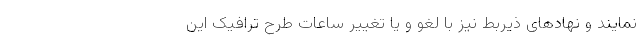
نمایند و نهادهای ذیربط نیز با لغو و یا تغییر ساعات طرح ترافیک این